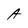
Character: A